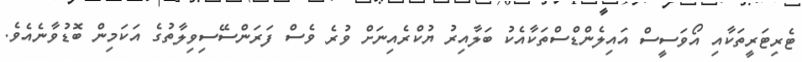
ޓެރިޓަރީތަކާއި އޯވަސީސް އައިލެންޑްސްތަކާއެކު ބަލާއިރު ޔުކްރެއިނަށް ވުރެ ވެސް ފަރަންސޭސިވިިލާތުގެ އަކަމިން ބޮޑުވާނެއެވެ.